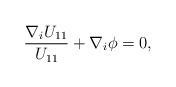
\begin{align*}\frac{\nabla_i U_{11}}{U_{11}} + \nabla_i \phi = 0,\end{align*}